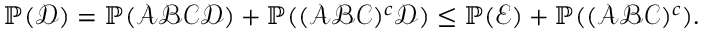
\begin{array} { r } { \operatorname { \mathbb P } ( \mathcal { D } ) = \operatorname { \mathbb P } ( \mathcal { A } \mathcal { B } \mathcal { C } \mathcal { D } ) + \operatorname { \mathbb P } ( ( \mathcal { A } \mathcal { B } \mathcal { C } ) ^ { c } \mathcal { D } ) \le \operatorname { \mathbb P } ( \mathcal { E } ) + \operatorname { \mathbb P } ( ( \mathcal { A } \mathcal { B } \mathcal { C } ) ^ { c } ) . } \end{array}